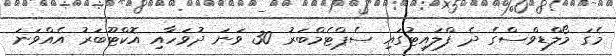
މެގަ މޯލްޑިވްސްގެ ދެ ފްލައިޓުގައި ސެޕްޓެމްބަރު 30 ވަނަ ދުވަހާއި އޮކްޓޫބަރު އެއްވަނަ